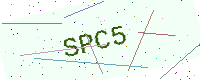
Text: SPC5